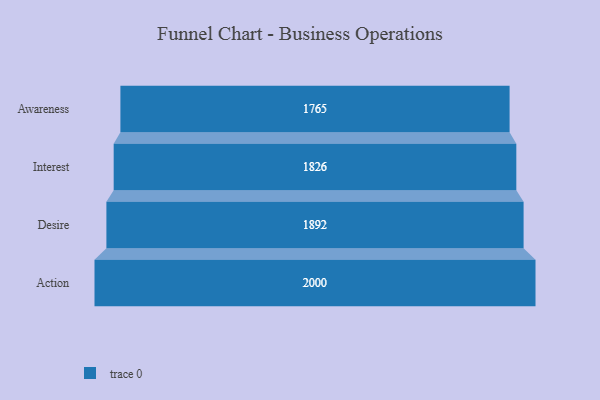
{"axis": {"x": "Stage", "y": "Value"}, "legend": [""], "data": [{"x": "Awareness", "y": 1765.0, "type": ""}, {"x": "Interest", "y": 1826.0, "type": ""}, {"x": "Desire", "y": 1892.0, "type": ""}, {"x": "Action", "y": 2000, "type": ""}]}